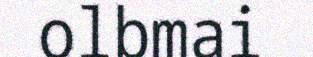
olbmai